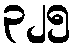
၃၂၅